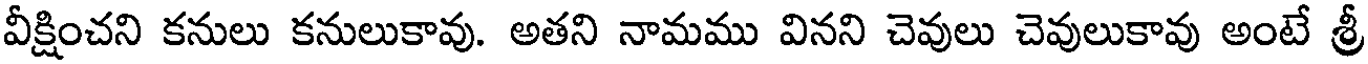
వీక్షించని కనులు కనులుకావు. అతని నామము వినని చెవులు చెవులుకావు అంటే శ్రీ